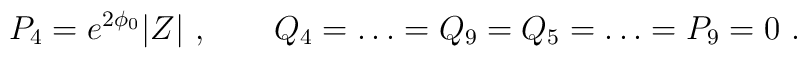
P_4 = e^{2\phi_0} |Z| \ , \qquad Q_4= \dots = Q_9 = Q_5= \dots = P_9 = 0 \ .